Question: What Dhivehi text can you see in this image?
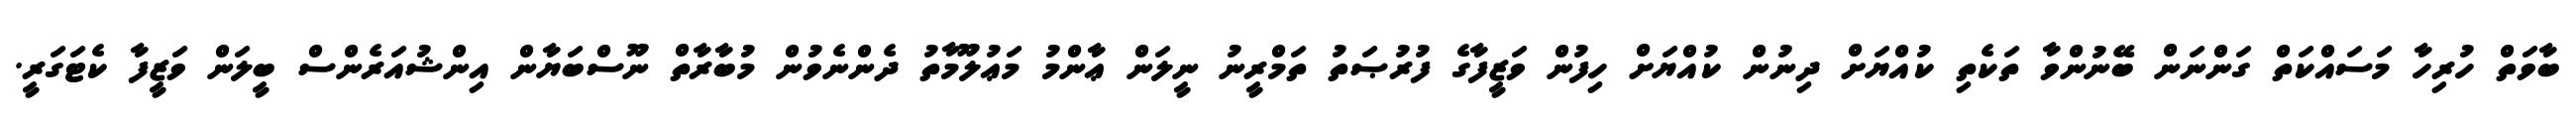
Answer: ބާވަތް ހުރިހާ މަސައްކަތް ގަންނަން ބޭނުންވާ ތަކެތި ކުއްޔަށް ދިނުން ކުއްޔަށް ހިފުން ވަޒީފާގެ ފުރުޞަތު ތަމްރީނު ނީލަން ޢާންމު މަޢުލޫމާތު ދެންނެވުން މުބާރާތް ނޫސްބަޔާން އިންޝުއަރެންސް ބީލަން ވަޒީފާ ކެޓަގަރީ.